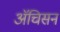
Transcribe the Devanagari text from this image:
ॲचिसन